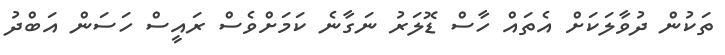
ތަކުން ދުވާލަކަށް އެތައް ހާސް ޑޮލަރު ނަގާނެ ކަމަށްވެސް ރައީސް ހަސަން އަބްދު